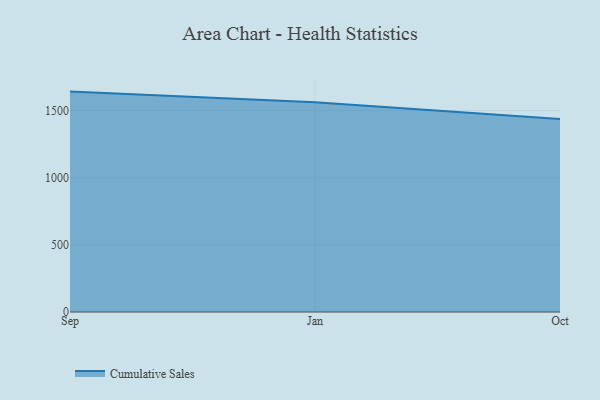
{"axis": {"x": "Month", "y": "Gross Profit (USD K)"}, "legend": ["Cumulative Sales"], "data": [{"x": "Sep", "y": 1640.5, "type": "Cumulative Sales"}, {"x": "Jan", "y": 1561.0, "type": "Cumulative Sales"}, {"x": "Oct", "y": 1436.9, "type": "Cumulative Sales"}]}